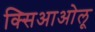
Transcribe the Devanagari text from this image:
क्सिआओलू